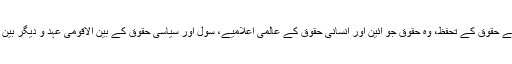
جسٹس (ر) علی نواز چوہان نے امید ظاہر کی کہ نئی حکومت لوگوں کے حقوق کے تحفظ، وہ حقوق جو آئین اور انسانی حقوق کے عالمی اعلامیے، سول اور سیاسی حقوق کے بین الاقومی عہد و دیگر بین الاقوامی معاہدوں میں دیے گئے ہیں ان کے تحت معاہدہ تیار کرے گی۔